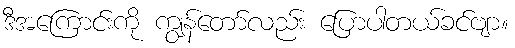
ဒီအကြောင်းကို ကျွန်တော်လည်း ပြောပါတယ်ခင်ဗျာ။